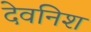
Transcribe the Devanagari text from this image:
देवनिश